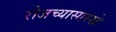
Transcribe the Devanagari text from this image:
रोजच्यासारखे